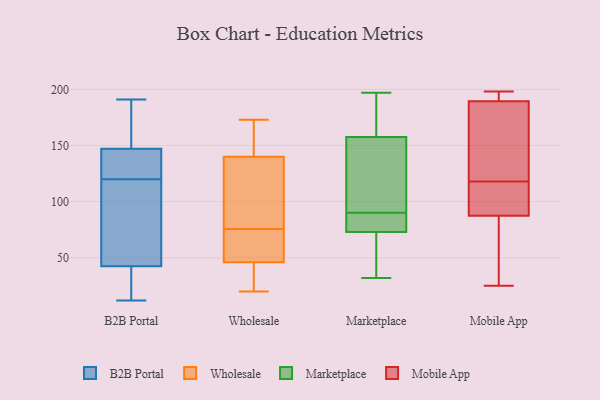
{"axis": {"x": "Satisfaction Score", "y": "Value"}, "legend": ["B2B Portal", "Marketplace", "Mobile App", "Wholesale"], "data": [{"x": "", "y": 41, "type": "B2B Portal"}, {"x": "", "y": 36, "type": "B2B Portal"}, {"x": "", "y": 180, "type": "B2B Portal"}, {"x": "", "y": 138, "type": "B2B Portal"}, {"x": "", "y": 144, "type": "B2B Portal"}, {"x": "", "y": 136, "type": "B2B Portal"}, {"x": "", "y": 77, "type": "B2B Portal"}, {"x": "", "y": 102, "type": "B2B Portal"}, {"x": "", "y": 47, "type": "B2B Portal"}, {"x": "", "y": 191, "type": "B2B Portal"}, {"x": "", "y": 93, "type": "B2B Portal"}, {"x": "", "y": 178, "type": "B2B Portal"}, {"x": "", "y": 12, "type": "B2B Portal"}, {"x": "", "y": 139, "type": "B2B Portal"}, {"x": "", "y": 148, "type": "B2B Portal"}, {"x": "", "y": 36, "type": "B2B Portal"}, {"x": "", "y": 120, "type": "B2B Portal"}, {"x": "", "y": 167, "type": "B2B Portal"}, {"x": "", "y": 18, "type": "B2B Portal"}, {"x": "", "y": 97, "type": "Wholesale"}, {"x": "", "y": 173, "type": "Wholesale"}, {"x": "", "y": 154, "type": "Wholesale"}, {"x": "", "y": 87, "type": "Wholesale"}, {"x": "", "y": 59, "type": "Wholesale"}, {"x": "", "y": 137, "type": "Wholesale"}, {"x": "", "y": 35, "type": "Wholesale"}, {"x": "", "y": 143, "type": "Wholesale"}, {"x": "", "y": 20, "type": "Wholesale"}, {"x": "", "y": 64, "type": "Wholesale"}, {"x": "", "y": 55, "type": "Wholesale"}, {"x": "", "y": 37, "type": "Wholesale"}, {"x": "", "y": 197, "type": "Marketplace"}, {"x": "", "y": 73, "type": "Marketplace"}, {"x": "", "y": 81, "type": "Marketplace"}, {"x": "", "y": 156, "type": "Marketplace"}, {"x": "", "y": 73, "type": "Marketplace"}, {"x": "", "y": 110, "type": "Marketplace"}, {"x": "", "y": 33, "type": "Marketplace"}, {"x": "", "y": 183, "type": "Marketplace"}, {"x": "", "y": 89, "type": "Marketplace"}, {"x": "", "y": 32, "type": "Marketplace"}, {"x": "", "y": 159, "type": "Marketplace"}, {"x": "", "y": 91, "type": "Marketplace"}, {"x": "", "y": 191, "type": "Mobile App"}, {"x": "", "y": 108, "type": "Mobile App"}, {"x": "", "y": 191, "type": "Mobile App"}, {"x": "", "y": 75, "type": "Mobile App"}, {"x": "", "y": 126, "type": "Mobile App"}, {"x": "", "y": 85, "type": "Mobile App"}, {"x": "", "y": 193, "type": "Mobile App"}, {"x": "", "y": 25, "type": "Mobile App"}, {"x": "", "y": 184, "type": "Mobile App"}, {"x": "", "y": 198, "type": "Mobile App"}, {"x": "", "y": 194, "type": "Mobile App"}, {"x": "", "y": 176, "type": "Mobile App"}, {"x": "", "y": 118, "type": "Mobile App"}, {"x": "", "y": 104, "type": "Mobile App"}, {"x": "", "y": 108, "type": "Mobile App"}, {"x": "", "y": 55, "type": "Mobile App"}, {"x": "", "y": 95, "type": "Mobile App"}, {"x": "", "y": 55, "type": "Mobile App"}, {"x": "", "y": 185, "type": "Mobile App"}]}